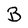
Character: B